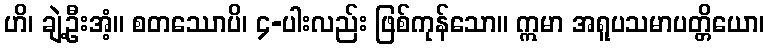
ဟိ၊ ချဲ့ဦးအံ့။ စတဿောပိ၊ ၄-ပါးလည်း ဖြစ်ကုန်သော။ ဣမာ အရူပသမာပတ္တိယော၊